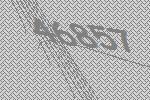
46857